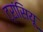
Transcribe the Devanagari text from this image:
ट्रांसियू